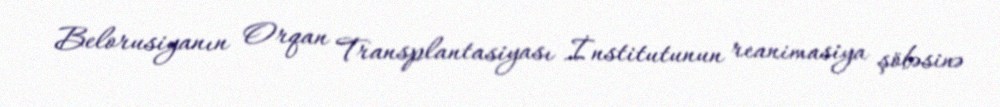
Belorusiyanın Orqan Transplantasiyası İnstitutunun reanimasiya şöbəsinə